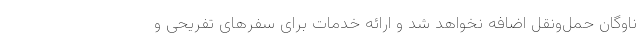
ناوگان حمل‌ونقل اضافه نخواهد شد و ارائه خدمات برای سفرهای تفریحی و